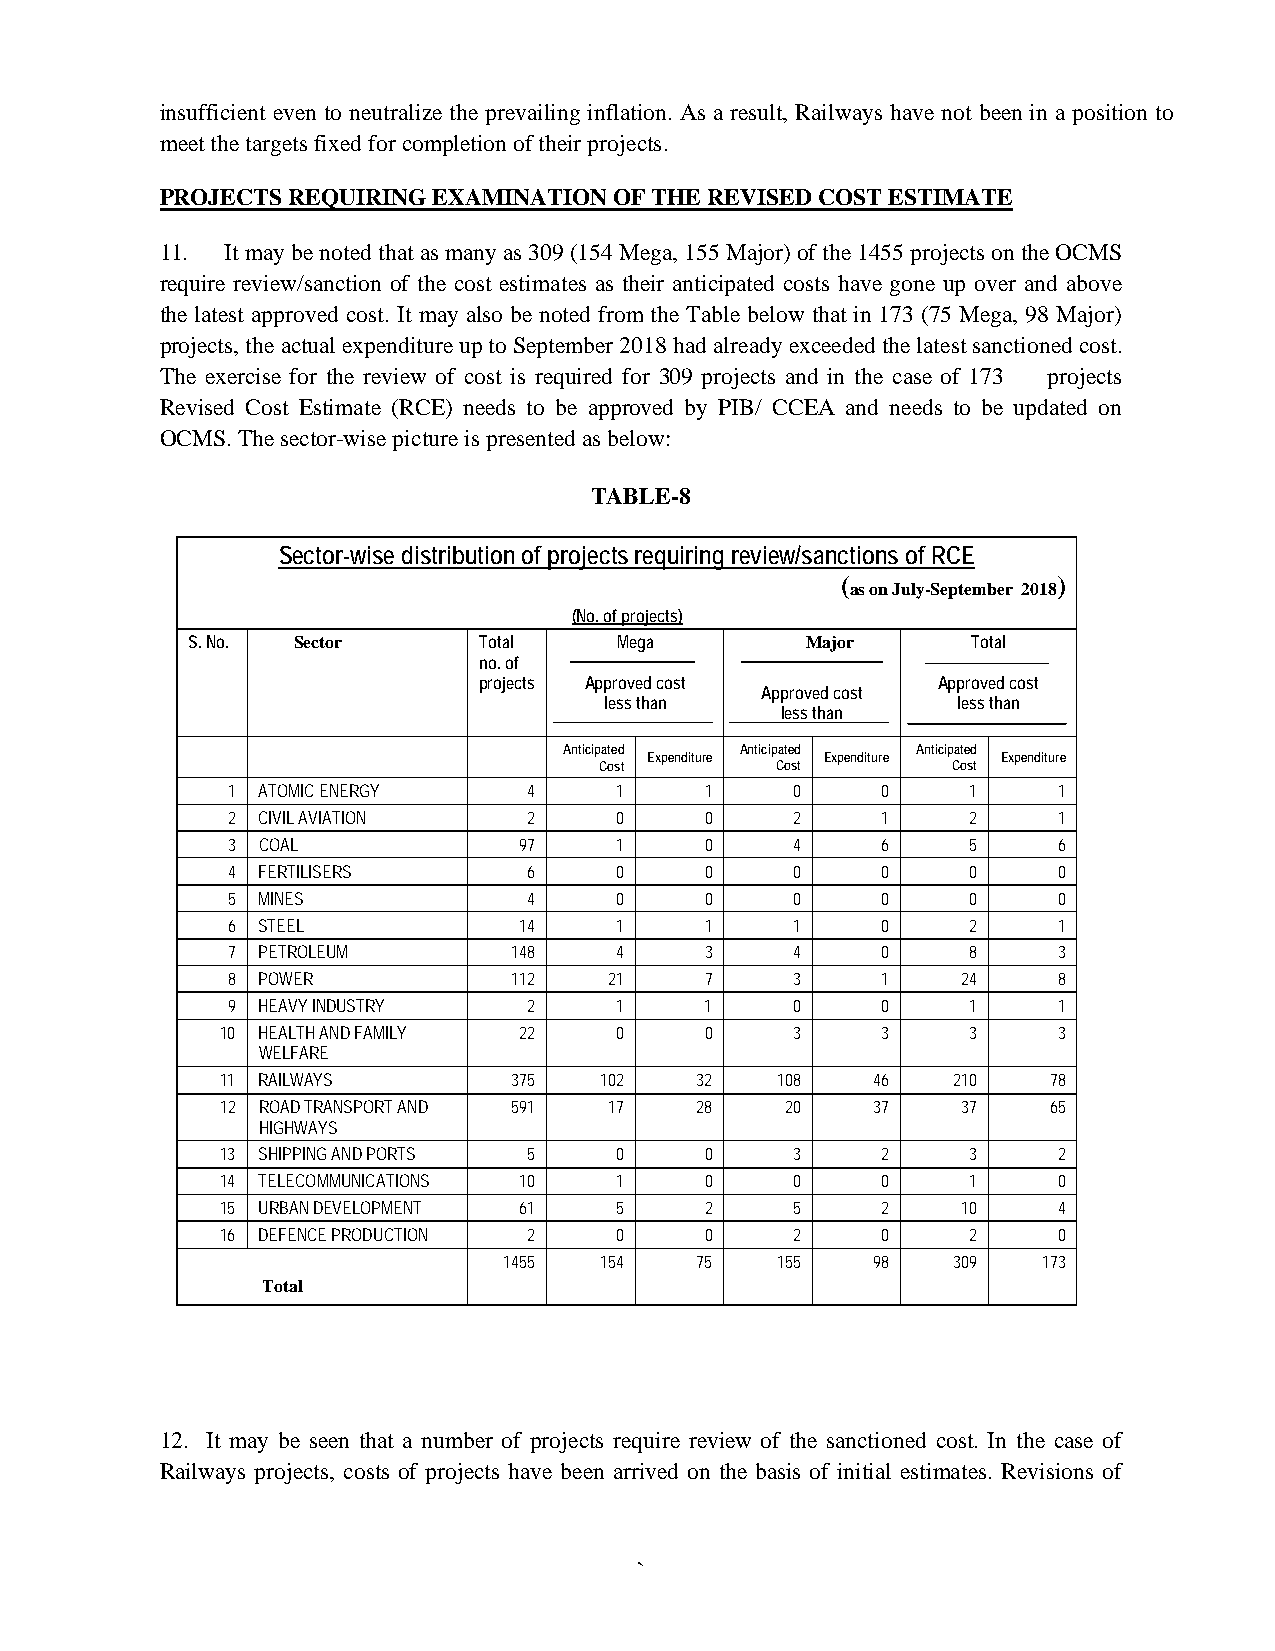
insufficient even to neutralize the prevailing inflation. As a result, Railways have not been in a position to
 meet the targets fixed for completion of their projects.
 PROJECTS REQUIRING EXAMINATION OF THE REVISED COST ESTIMATE
 11. It may be noted that as many as 309 (154 Mega, 155 Major) of the 1455 projects on the OCMS
 require review/sanction of the cost estimates as their anticipated costs have gone up over and above
 the latest approved cost. It may also be noted from the Table below that in 173 (75 Mega, 98 Major)
 projects, the actual expenditure up to September 2018 had already exceeded the latest sanctioned cost.
 The exercise for the review of cost is required for 309 projects and in the case of 173 projects
 Revised Cost Estimate (RCE) needs to be approved by PIB/ CCEA and needs to be updated on
 OCMS. The sector-wise picture is presented as below:
 TABLE-8
 Sector-wise distribution of projects requiring review/sanctions of RCE
 (             )
 as on July-September 2018
 (No. of projects)
 S. No. Sector       Total    Mega        Major      Total
 no. of
 projects Approved cost        Approved cost
 Approved cost
 less than              less than
 less than
 Anticip Ca ote sd
 t
 Expenditure
 Anticip Ca ote sd
 t
 Expenditure
 Anticip Ca ote sd
 t
 Expenditure
 1 ATOMIC ENERGY     4     1     1    0     0     1     1
 2 CIVIL AVIATION    2     0     0    2     1     2     1
 3 COAL             97     1     0    4     6     5     6
 4 FERTILISERS       6     0     0    0     0     0     0
 5 MINES             4     0     0    0     0     0     0
 6 STEEL            14     1     1    1     0     2     1
 7 PETROLEUM        148    4     3    4     0     8     3
 8 POWER            112   21     7    3     1     24    8
 9 HEAVY INDUSTRY    2     1     1    0     0     1     1
 10 HEALTH AND FAMILY 22   0     0    3     3     3     3
 WELFARE
 11 RAILWAYS        375   102   32   108    46   210   78
 12 ROAD TRANSPORT AND 591 17   28    20    37    37   65
 HIGHWAYS
 13 SHIPPING AND PORTS 5   0     0    3     2     3     2
 14 TELECOMMUNICATIONS 10  1     0    0     0     1     0
 15 URBAN DEVELOPMENT 61   5     2    5     2     10    4
 16 DEFENCE PRODUCTION 2   0     0    2     0     2     0
 1455   154   75   155    98   309   173
 Total
 12. It may be seen that a number of projects require review of the sanctioned cost. In the case of
 Railways projects, costs of projects have been arrived on the basis of initial estimates. Revisions of
 `